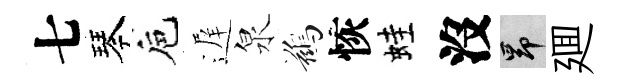
七琴巵遅泉鷀恢蛙沒昂廽